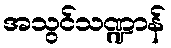
အသွင်သဏ္ဍာန်